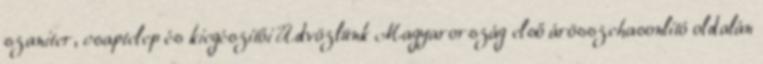
szaniter, csaptelep és kiegészítői Üdvözlünk Magyarország első árösszehasonlító oldalán